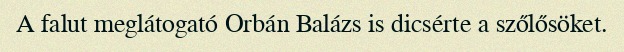
A falut meglátogató Orbán Balázs is dicsérte a szőlősöket.